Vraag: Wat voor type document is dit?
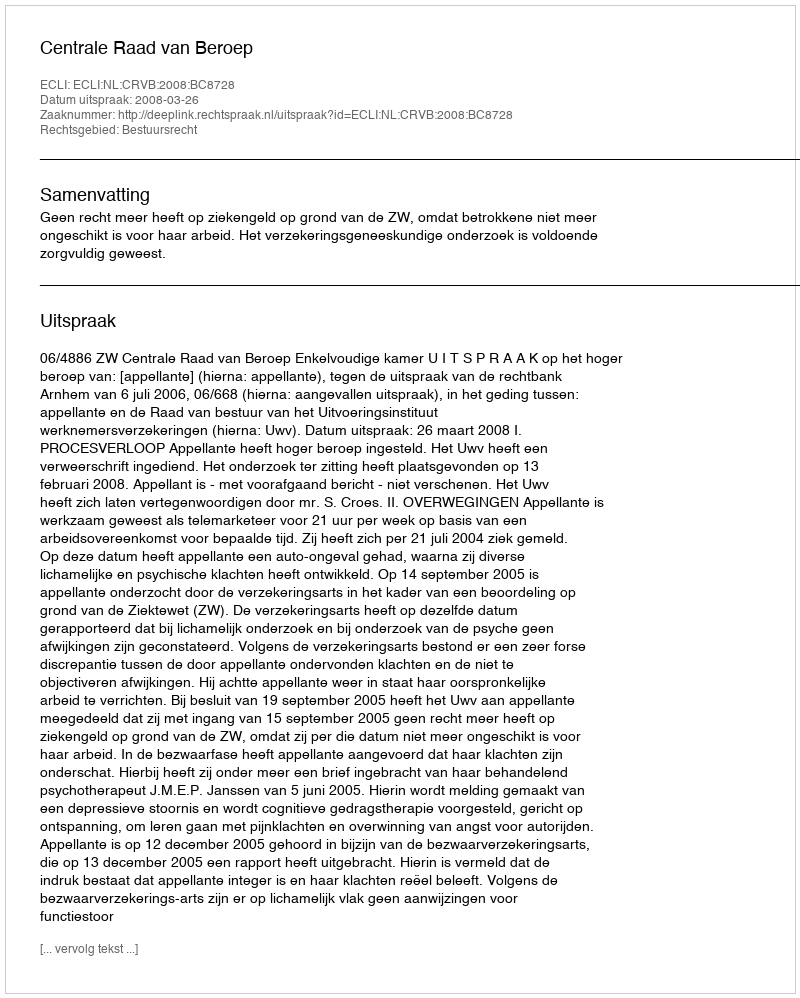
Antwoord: Uitspraak